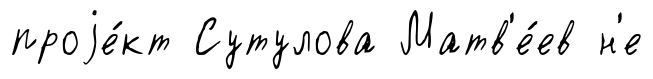
проjе́кт Сутулова Матв'е́ев н'е